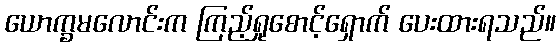
ယောက္ခမလောင်းက ကြည့်ရှုစောင့်ရှောက် ပေးထားရသည်။